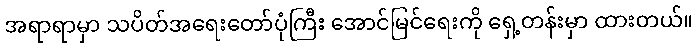
အရာရာမှာ သပိတ်အရေးတော်ပုံကြီး အောင်မြင်ရေးကို ရှေ့တန်းမှာ ထားတယ်။